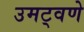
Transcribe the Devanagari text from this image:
उमट्वणे